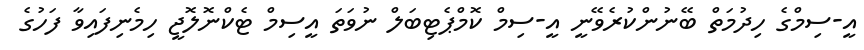
އީ-ސިމްގެ ހިދުމަތް ބޭނުންކުރެވޭނީ އީ-ސިމް ކޮމްޕެޓިބަލް ނުވަތަ އީސިމް ޓެކްނޮލޮޖީ ހިމެނިފައިވާ ފަހުގެ